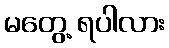
မတွေ့ ရပါလား